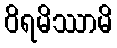
ဝိရမိဿာမိ